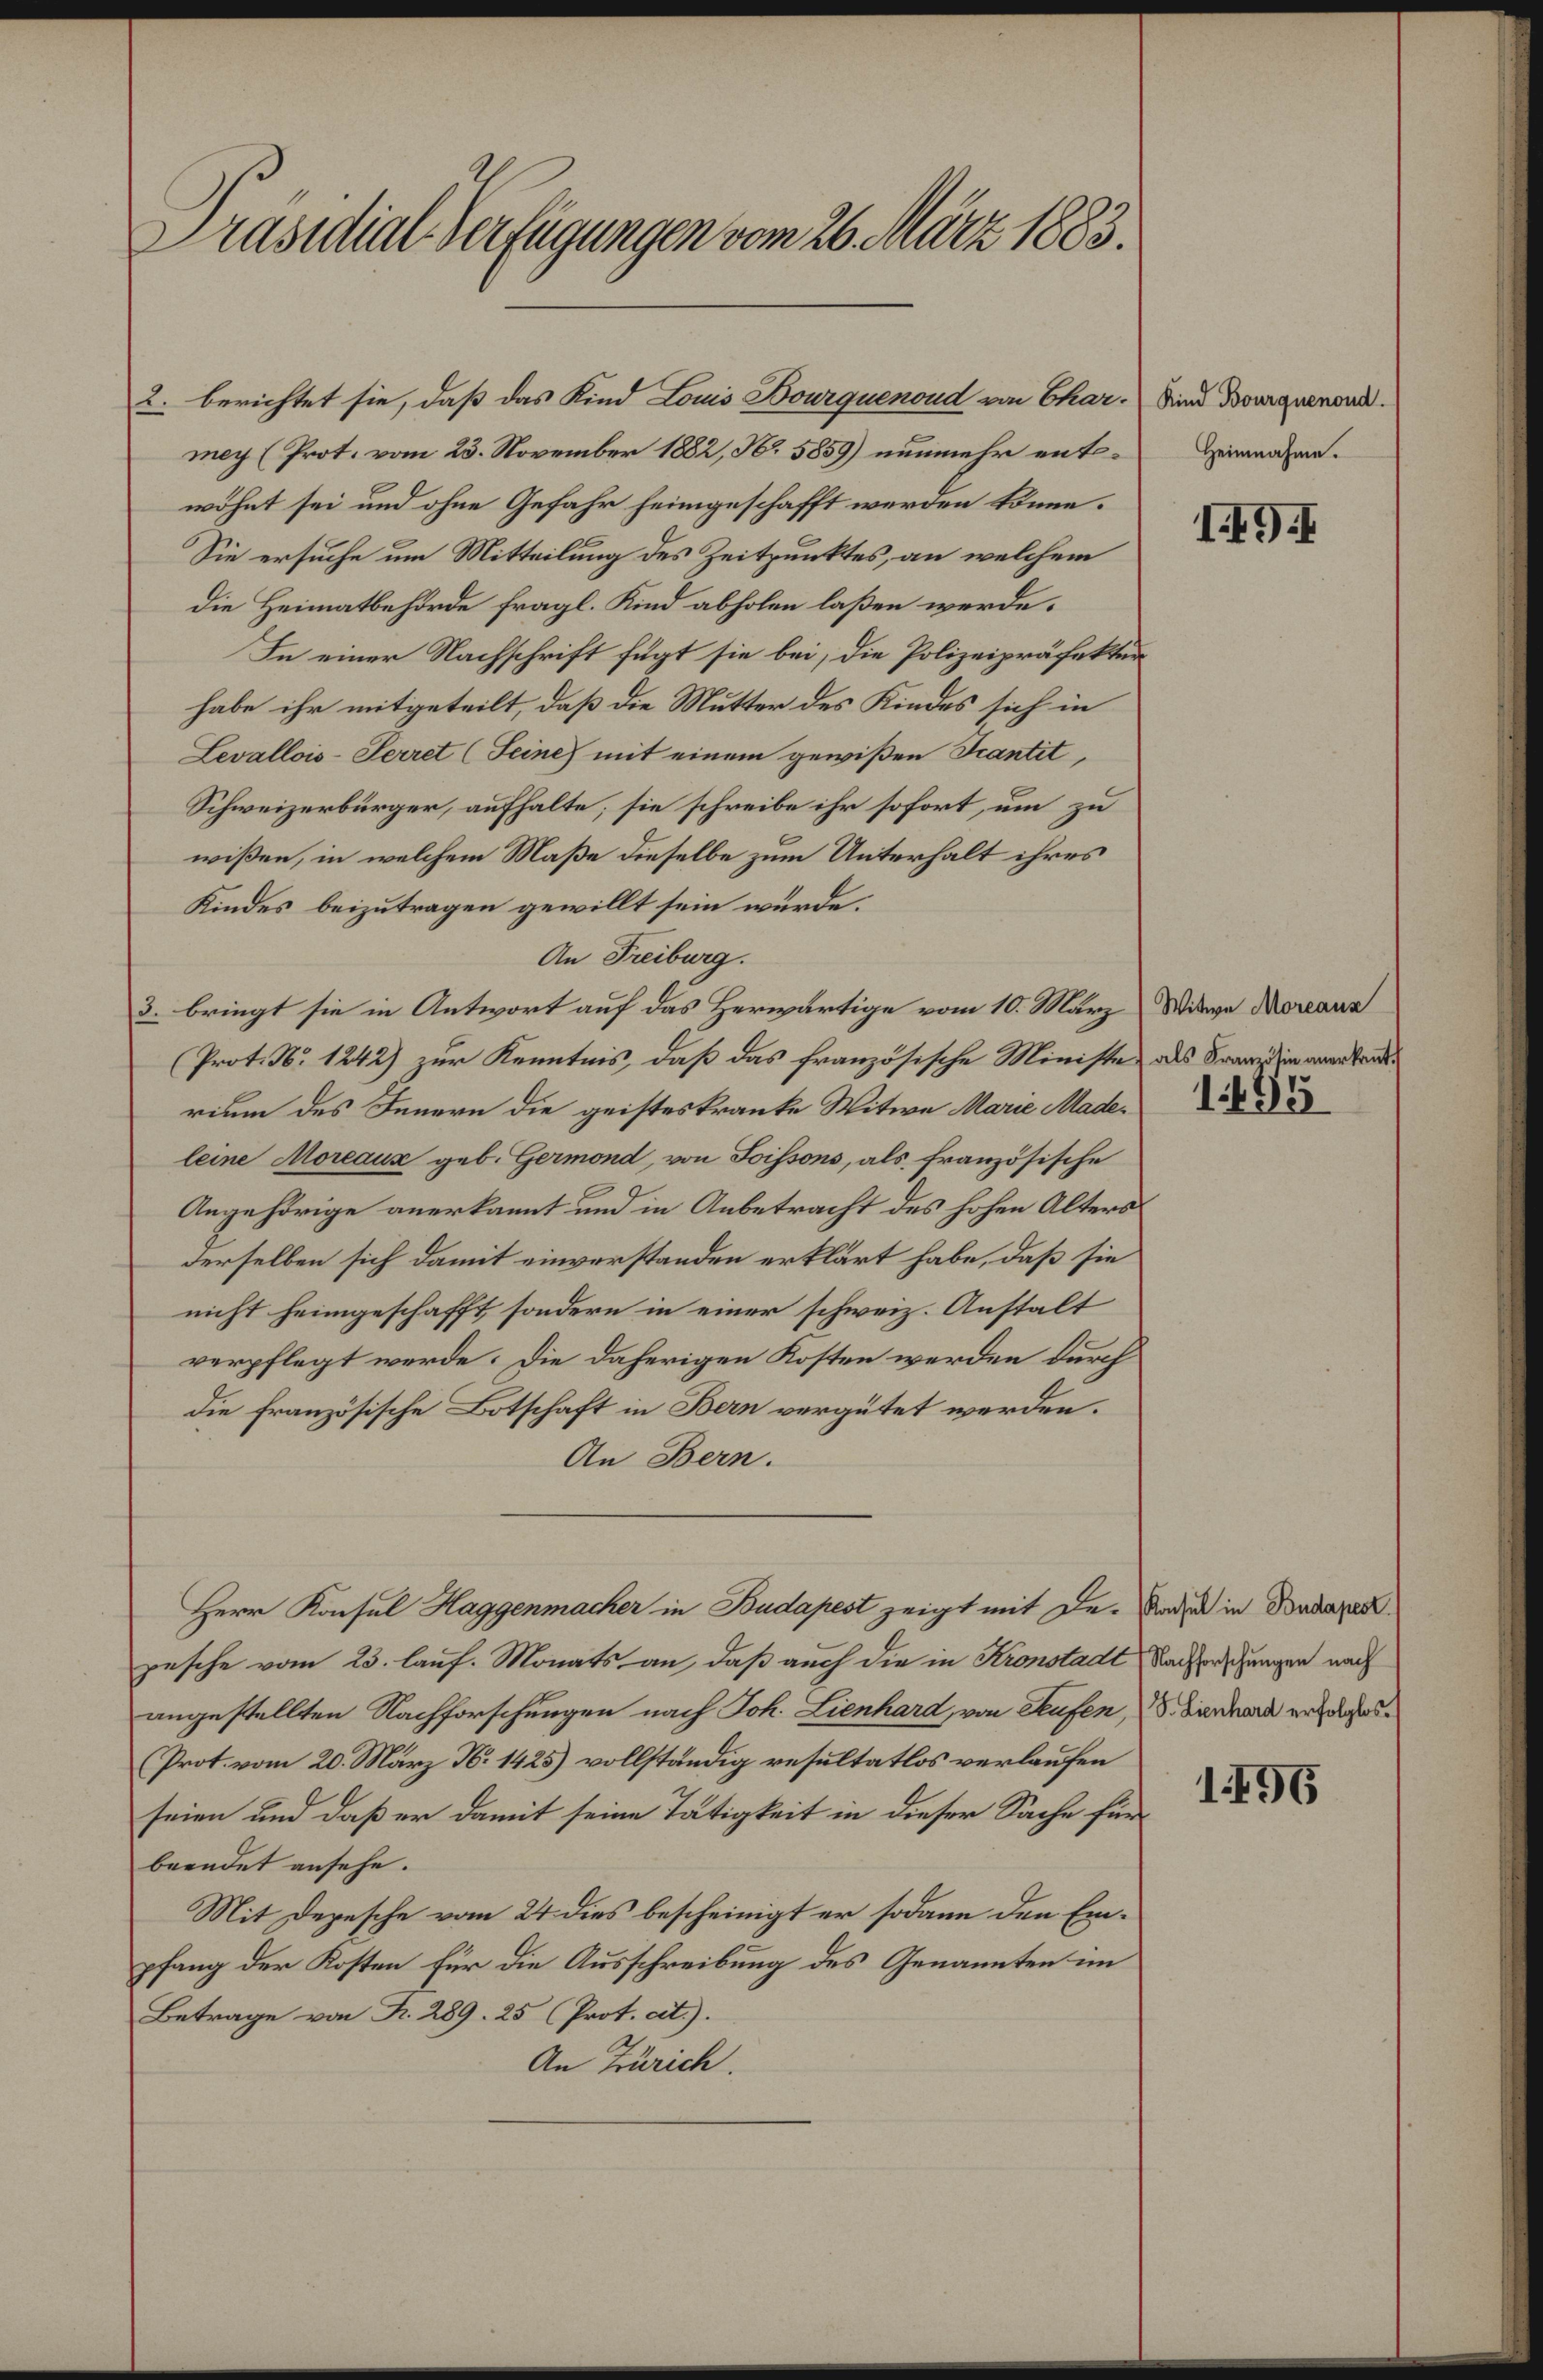
Jasntit. ptgngeeronts. an 188.
.d Bonapnnt.
2 berichtet sie, daß das Kind Bos Baagenant vim Ble¬
nunmehr ent¬
Hemnahe.
nag Prot. vom 23. November 1821,36. 58o9
wdhat sei und ohne Gefahr heingeschaft worden Bnee.
1858.
Sie ersuche um Mitteilung des Zeitzunttes, an welche
die Hematbehtrde fragl. Knd abholen laßen werde¬
e einer Nachschrift fitgt sie bei, die Polizeizrafrttüs¬
habe ihr nitgeteilt, daß dee Mutten des Kindes sich i
LvallosSalSine mit einem gewißen Santil,
Schweizerbrger, aufhalte, sie schreibe ihr sofort, un zu
wißen, in welchem Maße dieselbe zum Unterhalt ihres
Kindes beizutragen gewillt sein würde¬
An Faibarg.
itee onane
. bringt sie in Antwort auf das Heriwdrtige vom 10. März
alt Samzsin vnrknth
Prot. 1242 zur Kentis daß das französische Mieists¬
140
rm des enern die gestestrante Mitiwe Kae at¬
eie oann geb. Geamond, von chons, als französische
Aegehlrige anertamnt und i Anbetracht des hiohen Alterss
derselben sich damit einwerstanden ertlärt habe, daß sie
nicht heingeschafft sondern in einer schweiz. Anstalt
epflegt werde. die dahrrigen Koston werden urh
die französische Botschaft in Ban vergutet werden.
Ae Ban.
msulli Bataer
Herr Konsul Ragpemahe in Badapeal zeizt mit de
achferschungen nach
pesche vom 23. lauf. Monats an daß auch die in Ransteal
. anhat erfolsba
angestellten Rachforschungen nach Jok Lienkaat vn afn,
Prtvom 20. Mär 8. 142s) volständig resltatlos verlufen
1850.
seien Bnd daß er damit sein Tatigteit in dieser Sche fer
berndet ensehe.
in 24 dies bescheiigt er sodann den Ern¬
Mit dezesche vom 24 dir
pfang der Rsten für de Ausschreibung des Genaunten im
Betrage vn R. 289. 25 Poot. als.
An Btaic